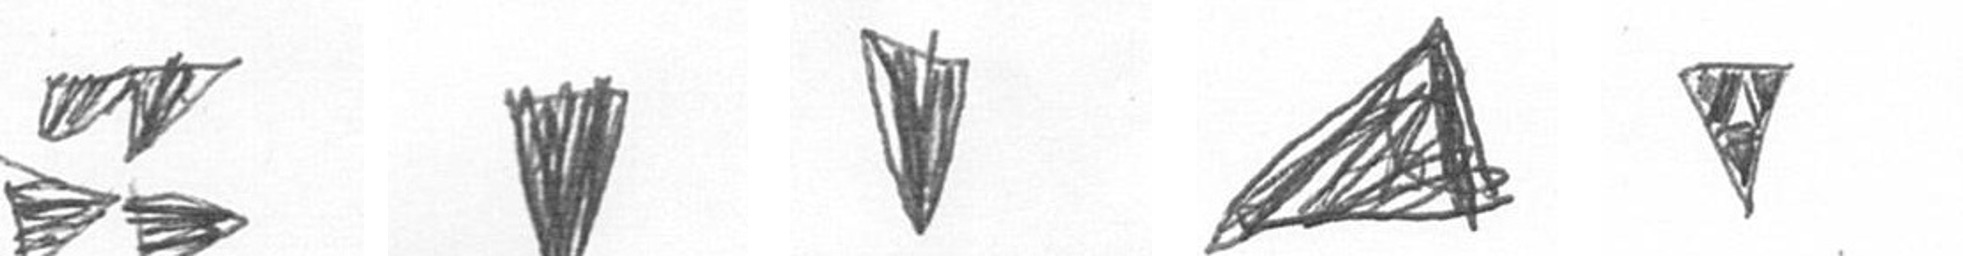
B J J O S